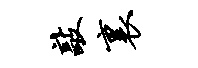
敲里